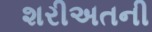
શરીઅતની